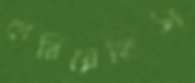
পেরিয়েছিস